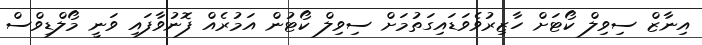
އިނާޒް ސިވިލް ކޯޓަށް ހާޒިރުވެވަޑައިގަތުމަށް ސިވިލް ކޯޓުން އަމުރެއް ފޮނުވާފައި ވަނީ މޯލްޑިވްސް